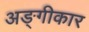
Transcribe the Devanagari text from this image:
अङ्गीकार